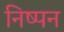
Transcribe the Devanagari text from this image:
निष्पन